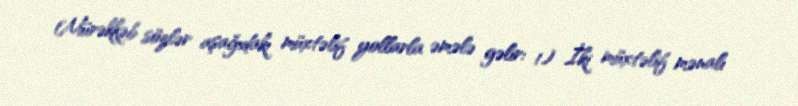
Mürəkkəb sözlər aşağıdakı müxtəlif yollarla əmələ gəlir: 1) İki müxtəlif mənalı